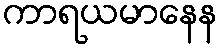
ကာရယမာနေန